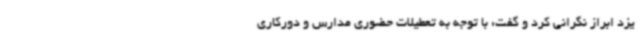
یزد ابراز نگرانی کرد و گفت: با توجه به تعطیلات حضوری مدارس و دورکاری